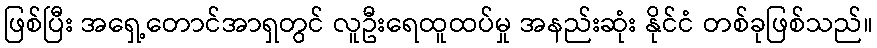
ဖြစ်ပြီး အရှေ့တောင်အာရှတွင် လူဦးရေထူထပ်မှု အနည်းဆုံး နိုင်ငံ တစ်ခုဖြစ်သည်။